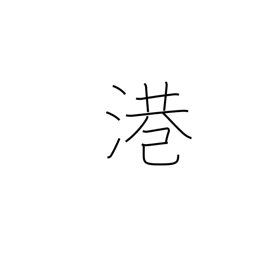
Meaning: harbor